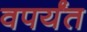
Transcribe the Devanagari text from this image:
वपर्यंत